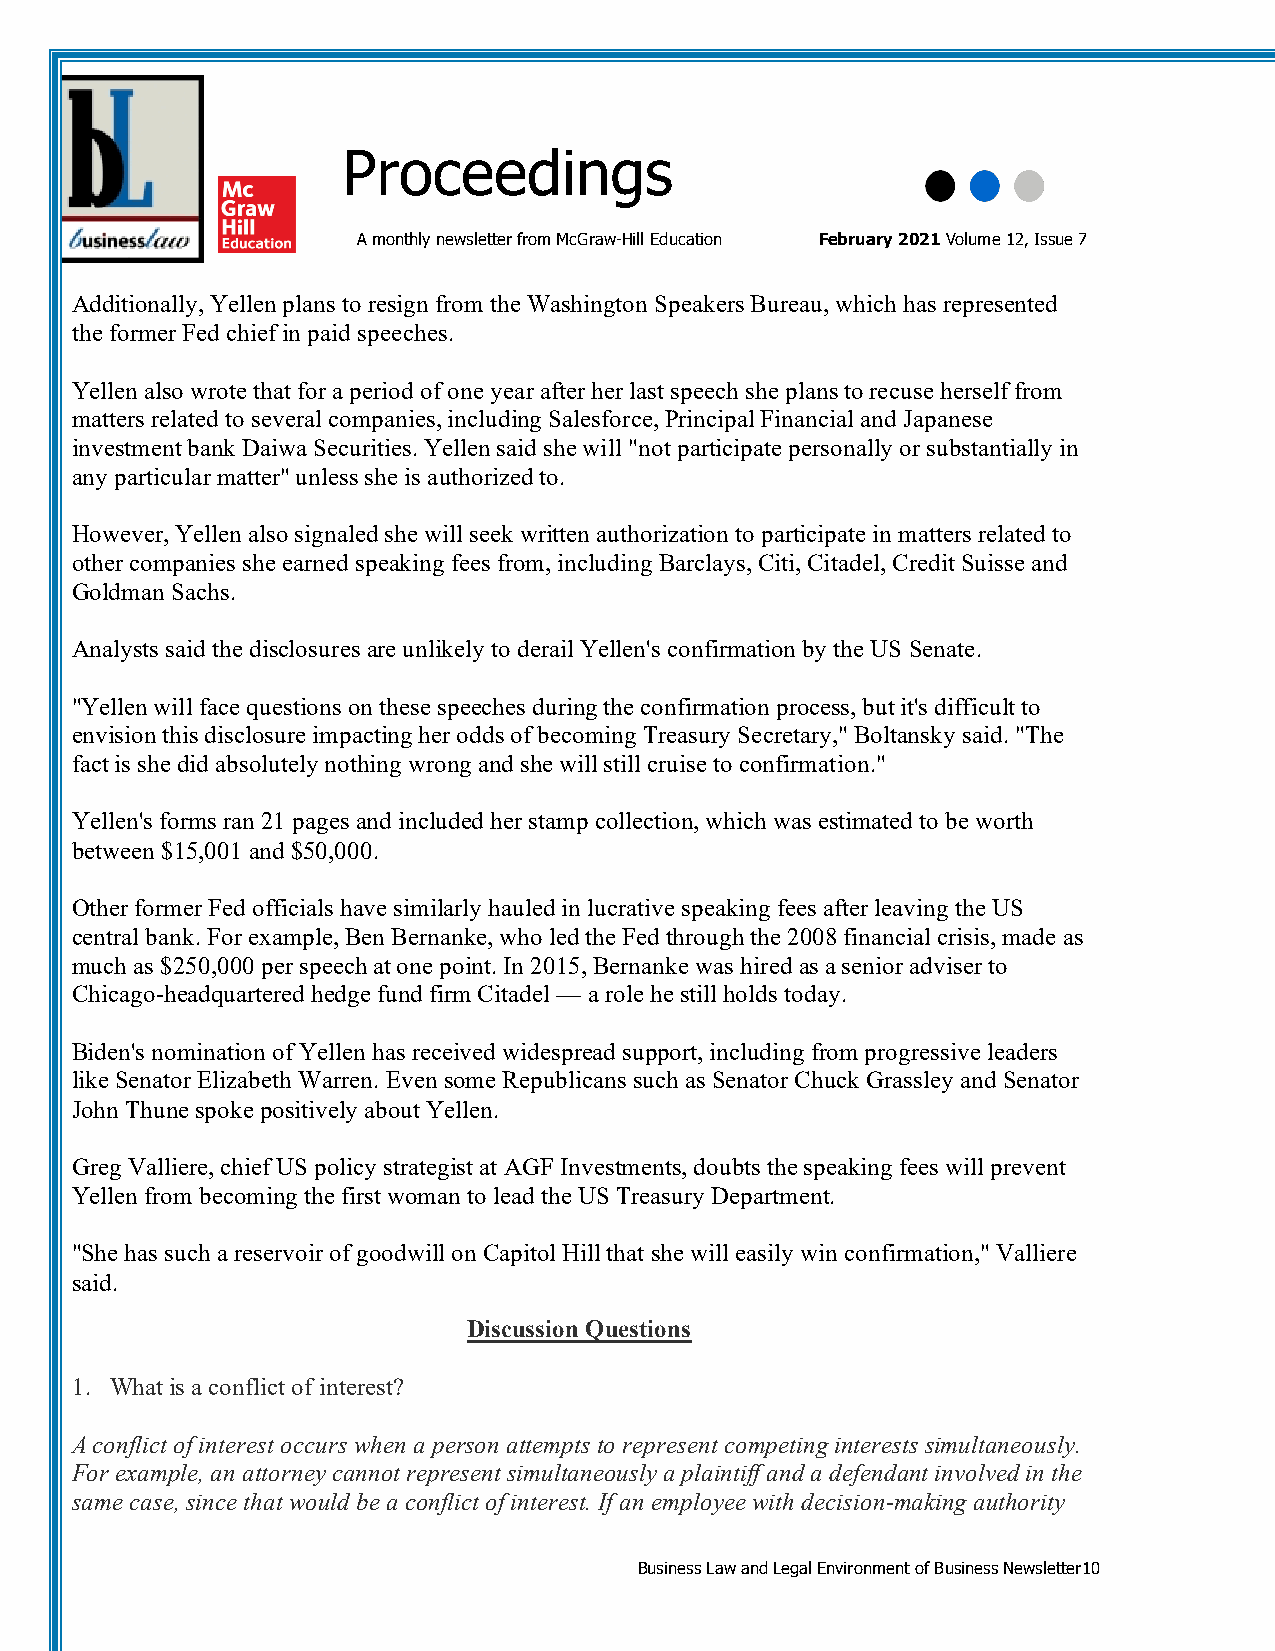
Proceedings
 A monthly newsletter from McGraw-Hill Education February 2021 Volume 12, Issue 7
 Additionally, Yellen plans to resign from the Washington Speakers Bureau, which has represented
 the former Fed chief in paid speeches.
 Yellen also wrote that for a period of one year after her last speech she plans to recuse herself from
 matters related to several companies, including Salesforce, Principal Financial and Japanese
 investment bank Daiwa Securities. Yellen said she will "not participate personally or substantially in
 any particular matter" unless she is authorized to.
 However, Yellen also signaled she will seek written authorization to participate in matters related to
 other companies she earned speaking fees from, including Barclays, Citi, Citadel, Credit Suisse and
 Goldman Sachs.
 Analysts said the disclosures are unlikely to derail Yellen's confirmation by the US Senate.
 "Yellen will face questions on these speeches during the confirmation process, but it's difficult to
 envision this disclosure impacting her odds of becoming Treasury Secretary," Boltansky said. "The
 fact is she did absolutely nothing wrong and she will still cruise to confirmation."
 Yellen's forms ran 21 pages and included her stamp collection, which was estimated to be worth
 between $15,001 and $50,000.
 Other former Fed officials have similarly hauled in lucrative speaking fees after leaving the US
 central bank. For example, Ben Bernanke, who led the Fed through the 2008 financial crisis, made as
 much as $250,000 per speech at one point. In 2015, Bernanke was hired as a senior adviser to
 Chicago-headquartered hedge fund firm Citadel — a role he still holds today.
 Biden's nomination of Yellen has received widespread support, including from progressive leaders
 like Senator Elizabeth Warren. Even some Republicans such as Senator Chuck Grassley and Senator
 John Thune spoke positively about Yellen.
 Greg Valliere, chief US policy strategist at AGF Investments, doubts the speaking fees will prevent
 Yellen from becoming the first woman to lead the US Treasury Department.
 "She has such a reservoir of goodwill on Capitol Hill that she will easily win confirmation," Valliere
 said.
 Discussion Questions
 1. What is a conflict of interest?
 A conflict of interest occurs when a person attempts to represent competing interests simultaneously.
 For example, an attorney cannot represent simultaneously a plaintiff and a defendant involved in the
 same case, since that would be a conflict of interest. If an employee with decision-making authority
 Business Law and Legal Environment of Business Newsletter10